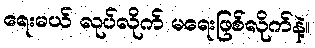
ရေးမယ် လုပ်လိုက် မရေးဖြစ်လိုက်နဲ့။